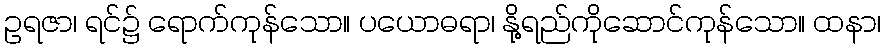
ဥရဇာ၊ ရင်၌ ရောက်ကုန်သော။ ပယောဓရာ၊ နို့ရည်ကိုဆောင်ကုန်သော။ ထနာ၊